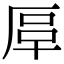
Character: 𠩰